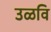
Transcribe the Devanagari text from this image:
उळवि